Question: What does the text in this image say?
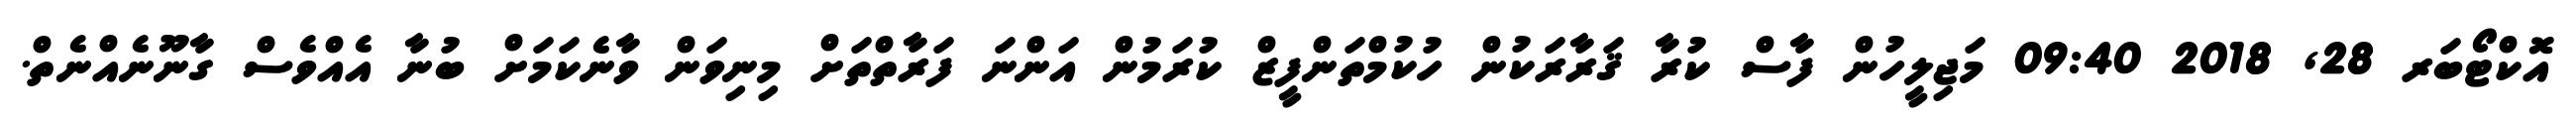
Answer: އޮކްޓޯބަރ 28, 2018 09:40 މަޖިލީހުން ފާސް ކުރާ ޤަރާރަކުން ހުކުމްތަންފީޒް ކުރަމުން އަންނަ ފަރާތްތަށް މިނިވަން ވާނެކަމަށް ބުނާ އެއްވެސް ގާނޫނެއްނެތް.